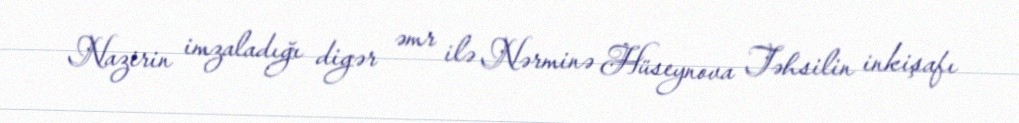
Nazirin imzaladığı digər əmr ilə Nərminə Hüseynova Təhsilin inkişafı